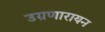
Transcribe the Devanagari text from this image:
उग्रणारायन